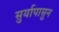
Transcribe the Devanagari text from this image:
सुर्यापासुन